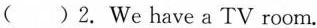
( )2. We have a TV room.